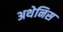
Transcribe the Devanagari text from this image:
अथेनिस